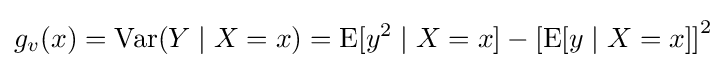
g_{v}(x)=\operatorname {Var} (Y\mid X=x)=\operatorname {E} [y^{2}\mid X=x]-\left[\operatorname {E} [y\mid X=x]\right]^{2}